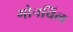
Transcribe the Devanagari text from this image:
गोनविल